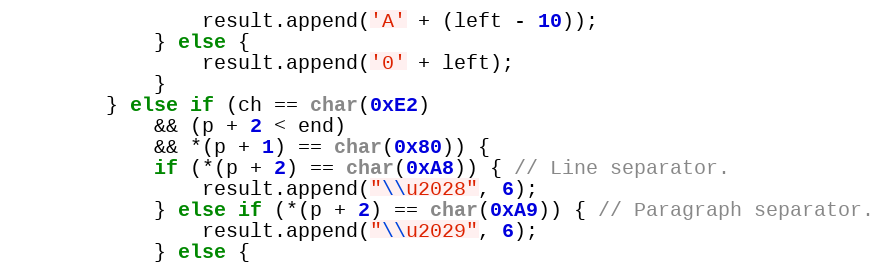
Language: C++
				result.append('A' + (left - 10));
			} else {
				result.append('0' + left);
			}
		} else if (ch == char(0xE2)
			&& (p + 2 < end)
			&& *(p + 1) == char(0x80)) {
			if (*(p + 2) == char(0xA8)) { // Line separator.
				result.append("\\u2028", 6);
			} else if (*(p + 2) == char(0xA9)) { // Paragraph separator.
				result.append("\\u2029", 6);
			} else {